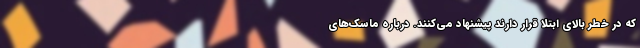
که در خطر بالای ابتلا قرار دارند پیشنهاد می‌کنند. درباره ماسک‌های